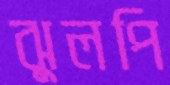
ঝুলপি